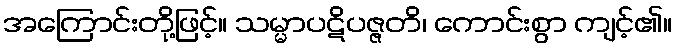
အကြောင်းတို့ဖြင့်။ သမ္မာပဋိပဇ္ဇတိ၊ ကောင်းစွာ ကျင့်၏။